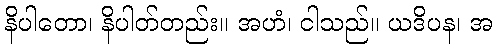
နိပါတော၊ နိပါတ်တည်း။ အဟံ၊ ငါသည်။ ယဒိပန၊ အ